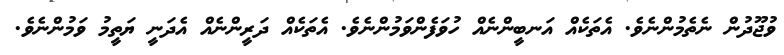
ވުޖޫދުން ނެތެމުންނެވެ. އެތަކެއް އަނބީންނެއް ހުވަފެންވަމުންނެވެ. އެތަކެއް ދަރީންނެއް އެދަނީ ޔަތީމު ވަމުންނެވެ.